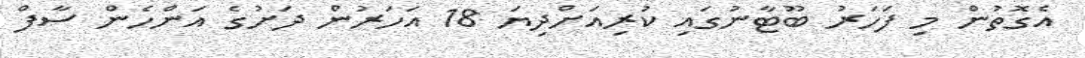
އެގޮތުން މި ފަހަރު ބޫޓާނުގައި ކުރިއަށްދިޔަ 18 އަހަރުން ދަށުގެ އަންހެން ސާފް